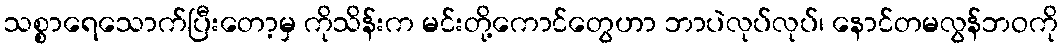
သစ္စာရေသောက်ပြီးတော့မှ ကိုသိန်းက မင်းတို့ကောင်တွေဟာ ဘာပဲလုပ်လုပ်၊ နောင်တမလွန်ဘဝကို